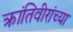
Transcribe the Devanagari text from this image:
क्रांतिवीरांच्या